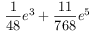
\frac { 1 } { 4 8 } e ^ { 3 } + \frac { 1 1 } { 7 6 8 } e ^ { 5 }